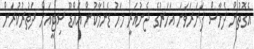
އެގޮތުން ދެހާސް ފަނަރަވަނަ އަހަރުގެ ޖެނުއަރީ މަހު ޑެންމާކުން އައްޑޫ ސިޓީއަށް ދަތުރުކުރަން